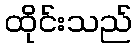
ထိုင်းသည်